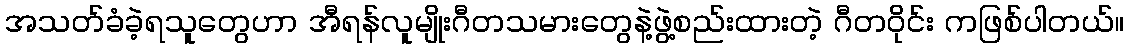
အသတ်ခံခဲ့ရသူတွေဟာ အီရန်လူမျိုးဂီတသမားတွေနဲ့ဖွဲ့စည်းထားတဲ့ ဂီတဝိုင်း ကဖြစ်ပါတယ်။